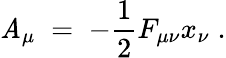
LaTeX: \mathit{A}_{\mu}\; =\; -\frac{{1}}{{2}}F_{\mu\nu}x_{\nu}\; .